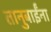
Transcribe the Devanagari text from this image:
तानुबाईंना